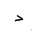
Letter: _dal